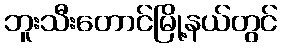
ဘူးသီးတောင်မြို့နယ်တွင်